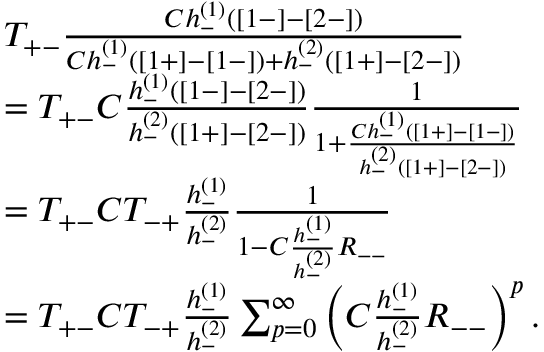
\begin{array} { r l } & { T _ { + - } \frac { C h _ { - } ^ { ( 1 ) } ( [ 1 - ] - [ 2 - ] ) } { C h _ { - } ^ { ( 1 ) } ( [ 1 + ] - [ 1 - ] ) + h _ { - } ^ { ( 2 ) } ( [ 1 + ] - [ 2 - ] ) } } \\ & { = T _ { + - } C \frac { h _ { - } ^ { ( 1 ) } ( [ 1 - ] - [ 2 - ] ) } { h _ { - } ^ { ( 2 ) } ( [ 1 + ] - [ 2 - ] ) } \frac { 1 } { 1 + \frac { C h _ { - } ^ { ( 1 ) } ( [ 1 + ] - [ 1 - ] ) } { h _ { - } ^ { ( 2 ) } ( [ 1 + ] - [ 2 - ] ) } } } \\ & { = T _ { + - } C T _ { - + } \frac { h _ { - } ^ { ( 1 ) } } { h _ { - } ^ { ( 2 ) } } \frac { 1 } { 1 - C \frac { h _ { - } ^ { ( 1 ) } } { h _ { - } ^ { ( 2 ) } } R _ { -- } } } \\ & { = T _ { + - } C T _ { - + } \frac { h _ { - } ^ { ( 1 ) } } { h _ { - } ^ { ( 2 ) } } \sum _ { p = 0 } ^ { \infty } \left( C \frac { h _ { - } ^ { ( 1 ) } } { h _ { - } ^ { ( 2 ) } } R _ { -- } \right) ^ { p } . } \end{array}